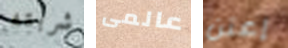
شربته عالمى إعتن